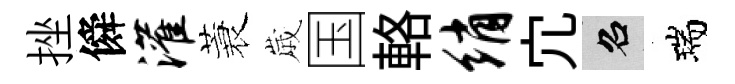
挫僢灌蓑𡻕国輅绡宂召瑞